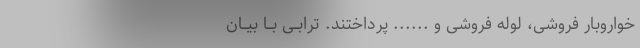
خواروبار فروشى، لوله فروشى و ...... پرداختند. ترابــى بــا بیــان